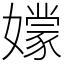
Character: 𡣘